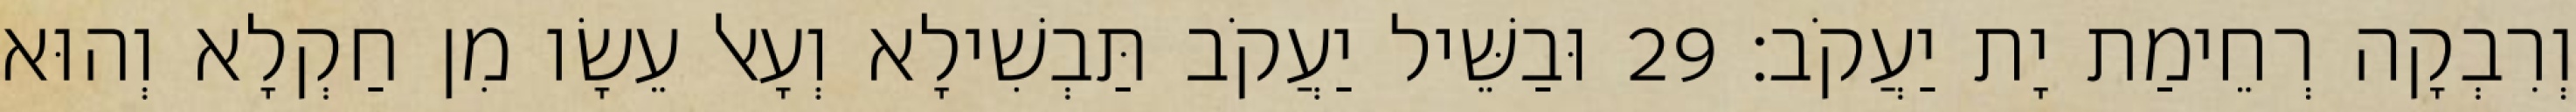
וְרִבְקָה רְחֵימַת יָת יַעֲקֹב׃ 29 וּבַשֵּׁיל יַעֲקֹב תַּבְשִׁילָא וְעָאל עֵשָׂו מִן חַקְלָא וְהוּא